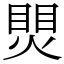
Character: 煛